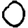
Digit: 0